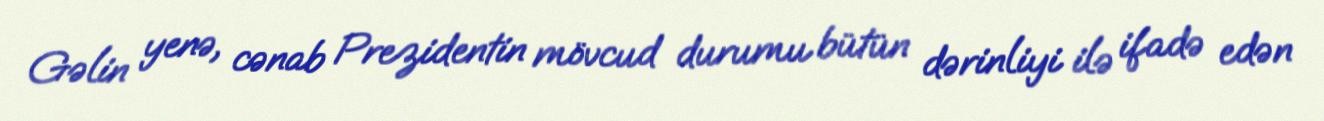
Gəlin yenə, cənab Prezidentin mövcud durumu bütün dərinliyi ilə ifadə edən